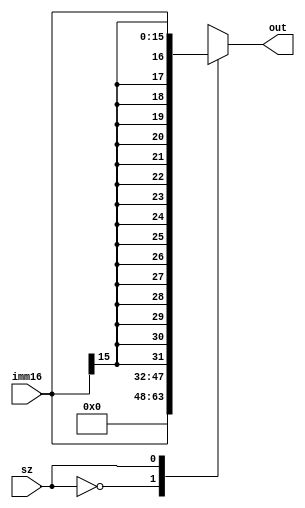
`timescale 1ns / 1ps

module sign_and_zero_extend(
    input [15:0] imm16,
    input sz,
    output reg [31:0] out
    );
    always @(*) begin
    case (sz)
    0: out <= $unsigned(imm16);
    1: out <= $signed(imm16);
    endcase
    end
endmodule